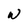
Character: W